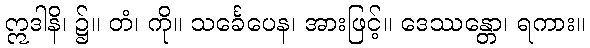
ဣဒါနိ၊ ၌။ တံ၊ ကို။ သင်္ခေပေန၊ အားဖြင့်။ ဒေဿန္တော၊ ရကား။